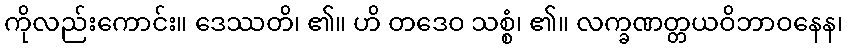
ကိုလည်းကောင်း။ ဒေဿတိ၊ ၏။ ဟိ တဒေဝ သစ္စံ၊ ၏။ လက္ခဏတ္တယဝိဘာဝနေန၊